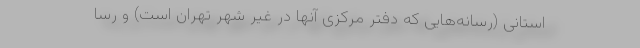
استانی (رسانه‌هایی که دفتر مرکزی آنها در غیر شهر تهران است) و رسا